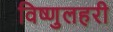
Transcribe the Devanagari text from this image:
विष्णुलहरी